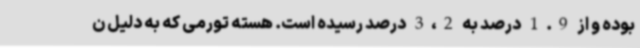
بوده و از 1.9 درصد به 3،2 درصد رسیده است. هسته تورمی که به دلیل ن